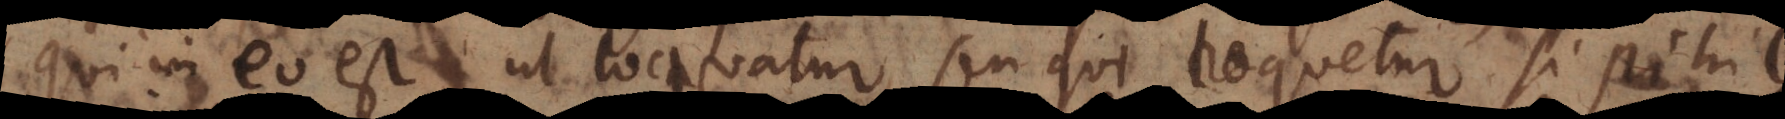
ui in eo est, ut loquatur, seu qui loquetur si nihil